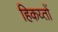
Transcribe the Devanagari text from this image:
हिकय्तों